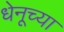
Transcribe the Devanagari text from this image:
धेनूच्या